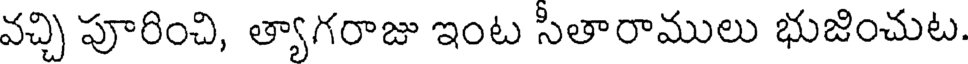
వచ్చి పూరించి, త్యాగరాజు ఇంట సీతారాములు భుజించుట.